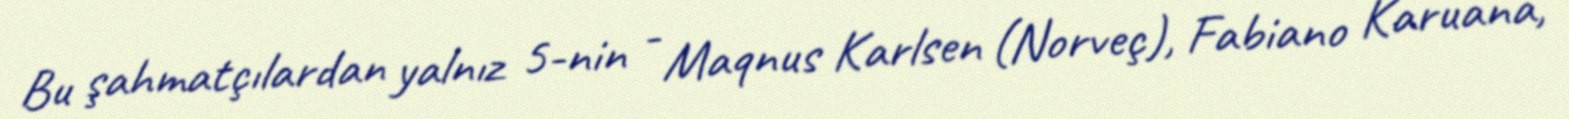
Bu şahmatçılardan yalnız 5-nin - Maqnus Karlsen (Norveç), Fabiano Karuana,